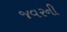
જવરની